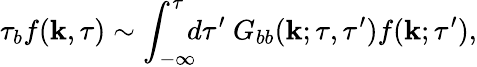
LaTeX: \tau_{b}f({\mathbf{k}},\tau)\sim\int_{-\infty}^{\tau}\! \! \! d\tau^{\prime}\ G_{bb}({\mathbf{k}};\tau,\tau^{\prime})f({\mathbf{k}};\tau^{\prime}),